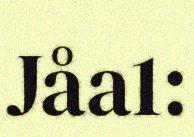
Jåa1: